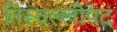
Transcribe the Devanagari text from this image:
तिरूवल्लीपद